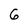
Character: 6